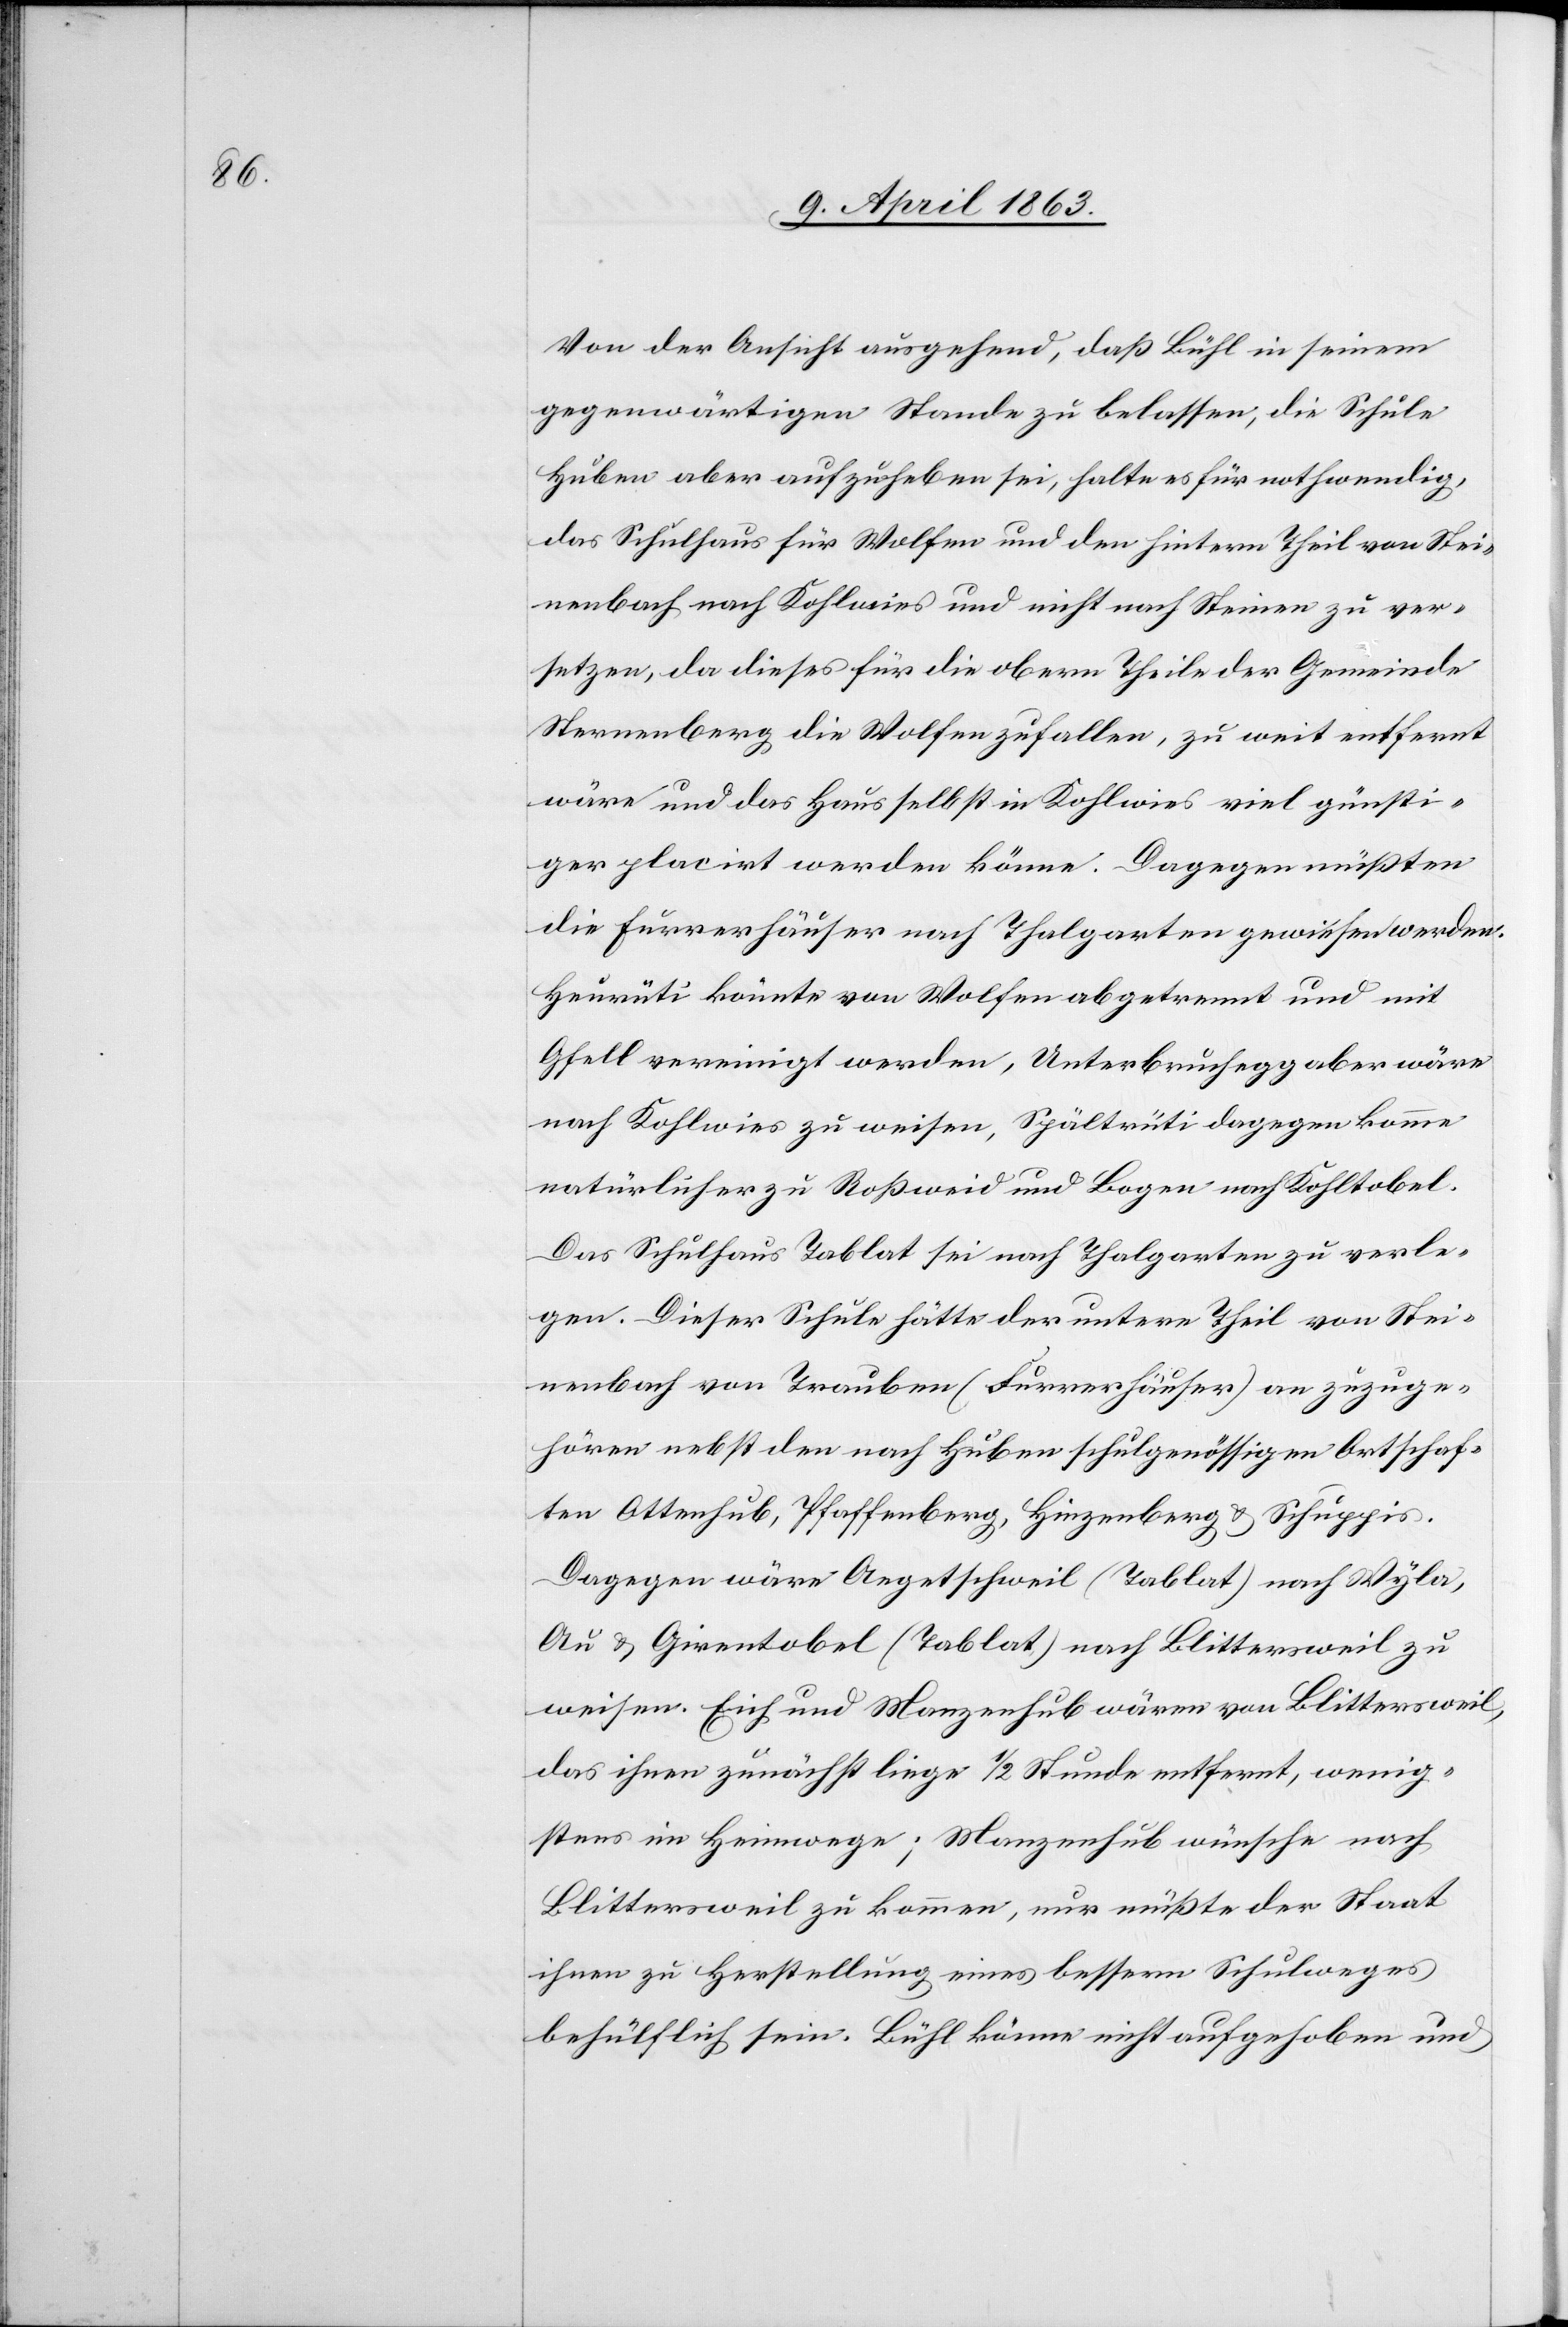
Von der Ansicht ausgehend, daß Bühl in seinem
gegenwärtigen Stande zu belassen, die Schule
Huben aber aufzuheben sei, halte es für nothwendig,
das Schulhaus für Wolfen und den hintern Theil von Stei¬
nenbach nach Kohlwies und nicht nach Steinen zu ver¬
setzen, da dieses für die obern Theile der Gemeinde
Sternenberg die Wolfen zufallen, zu weit entfernt
wäre und das Haus selbst in Kohlwies viel günsti¬
ger placirt werden könne. Dagegen müßten
die Furrerhäuser nach Thalgarten gewiesen werden.
Heurüti könnte von Wolfen abgetrennt und mit
Gfell vereinigt werden, Unterbruchegg aber wäre
nach Kohlwies zu weisen, Spältrüti dagegen komme
natürlicher zu Roßweid und Bogen nach Kohltobel.
Das Schulhaus Tablat sei nach Thalgarten zu verle¬
gen. Dieser Schule hätte der untere Theil von Stei¬
nenbach von Trauben (Furrerhäuser) an zuzuge¬
hören nebst den nach Huben schulgenössigen Ortschaf¬
ten Ottenhub, Pfaffenberg, Hinzenberg & Schuppis.
Dagegen wäre Aegetschweil (Tablat) nach Wyla,
Au & Girentobel (Tablat) nach Blittersweil zu
weisen. Eich und Manzenhub wären von Blittersweil,
das ihnen zunächst liege 1/2 Stunde entfernt, wenig¬
stens im Heimwege; Manzenhub wünsche nach
Blittersweil zu kommen, nur müßte der Staat
ihnen zu Herstellung eines bessern Schulweges
behülflich sein. Bühl könne nicht aufgehoben und